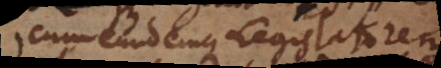
Medicum eundemque Legislatorem